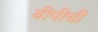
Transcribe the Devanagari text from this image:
बीपीची